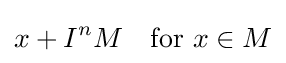
x+I^{n}M\quad {\text{for }}x\in M